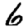
Digit: 6